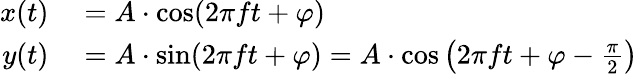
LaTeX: \begin{array}{rl}{x(t)}&{{}=A\cdot\cos(2\pi ft+\varphi)}\\ {y(t)}&{{}=A\cdot\sin(2\pi ft+\varphi)=A\cdot\cos\left(2\pi ft+\varphi-{\frac{\pi}{2}}\right)}\end{array}